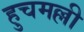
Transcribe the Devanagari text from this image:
हुचमल्ली